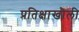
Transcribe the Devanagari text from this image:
प्रतिक्षाखोली